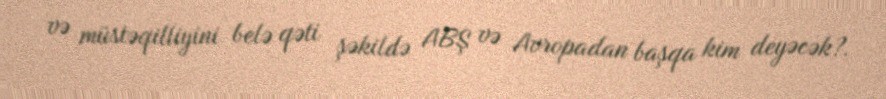
və müstəqilliyini belə qəti şəkildə ABŞ və Avropadan başqa kim deyəcək?.